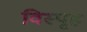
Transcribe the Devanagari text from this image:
विस्पृह